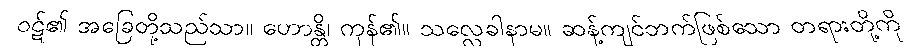
ဝဋ်၏ အခြေတို့သည်သာ။ ဟောန္တိ၊ ကုန်၏။ သလ္လေခါနာမ။ ဆန့်ကျင်ဘက်ဖြစ်သော တရားတို့ကို